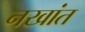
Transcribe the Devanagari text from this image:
नखांत